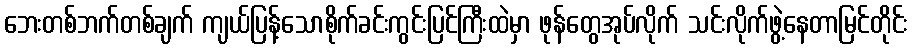
ဘေးတစ်ဘက်တစ်ချက် ကျယ်ပြန့်သောစိုက်ခင်းကွင်းပြင်ကြီးထဲမှာ ဖုန်တွေအုပ်လိုက် သင်းလိုက်ဖွဲ့နေတာမြင်တိုင်း